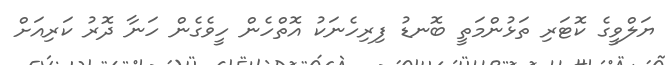
ޔަލްވީގެ ކޮޓަރި ތަޅުންމަތީ ބޮނޑު ފިރިހެނަކު އޮތްހެން ހީވެގެން ހަނާ ދޮރު ކަރިއަށް